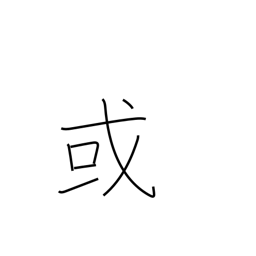
Meaning: a certain